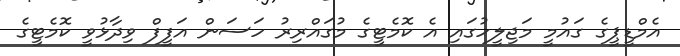
އެމްޑީޕީގެ ގަައުމީ މަޖިލީހުގައި އެ ކޮމެޓީގެ މުގައްރިރު ހަސަން އަފީފް ވިދާޅުވީ ކޮމެޓީގެ